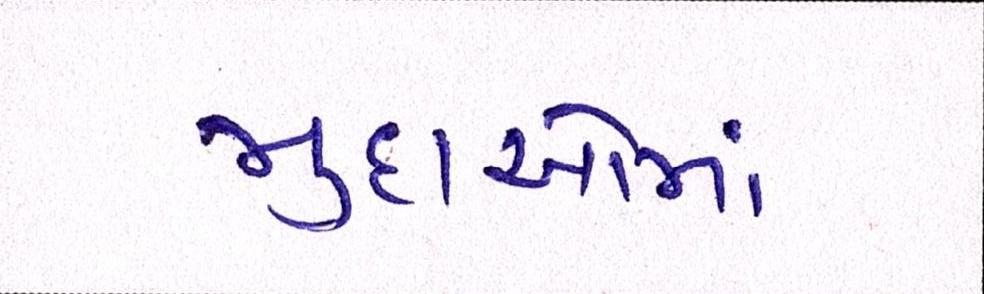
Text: મુદાઓમાં